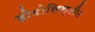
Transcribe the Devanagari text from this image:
होमोसिस्टीन